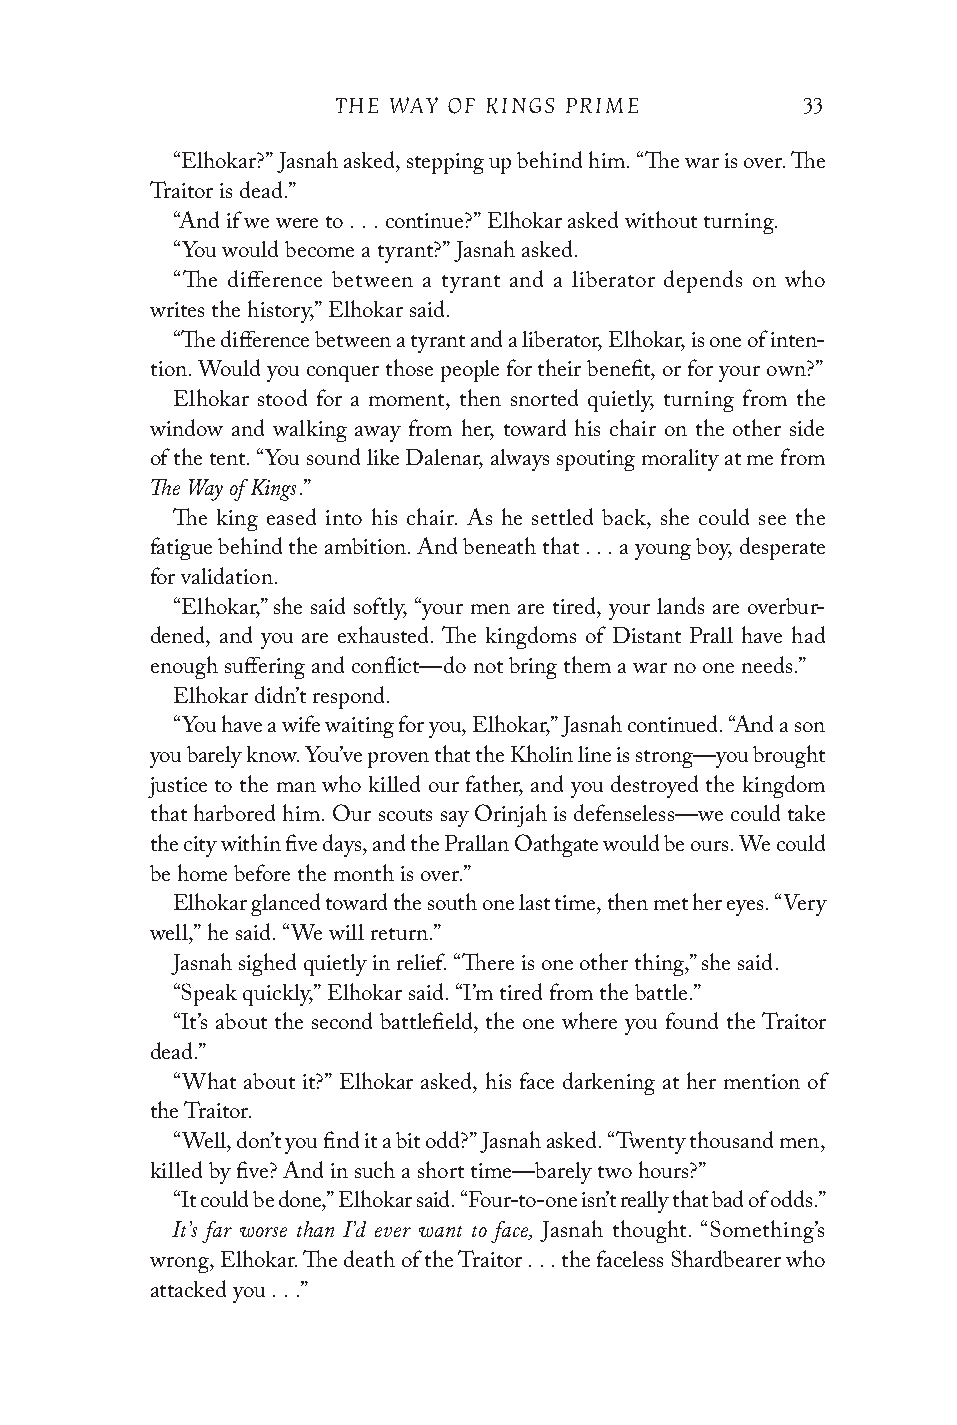
THE WAY OF KINGS PRIME         33
 “Elhokar?” Jasnah asked, stepping up behind him. “The war is over. The
 Traitor is dead.”
 “And if we were to . . . continue?” Elhokar asked without turning.
 “You would become a tyrant?” Jasnah asked.
 “The difference between a tyrant and a liberator depends on who
 writes the history,” Elhokar said.
 “The difference between a tyrant and a liberator, Elhokar, is one of inten-
 tion. Would you conquer those people for their benefit, or for your own?”
 Elhokar stood for a moment, then snorted quietly, turning from the
 window and walking away from her, toward his chair on the other side
 of the tent. “You sound like Dalenar, always spouting morality at me from
 The Way of Kings
 .”
 The king eased into his chair. As he settled back, she could see the
 fatigue behind the ambition. And beneath that . . . a young boy, desperate
 for validation.
 “Elhokar,” she said softly, “your men are tired, your lands are overbur-
 dened, and you are exhausted. The kingdoms of Distant Prall have had
 enough suffering and conflict—do not bring them a war no one needs.”
 Elhokar didn’t respond.
 “You have a wife waiting for you, Elhokar,” Jasnah continued. “And a son
 you barely know. You’ve proven that the Kholin line is strong—you brought
 justice to the man who killed our father, and you destroyed the kingdom
 that harbored him. Our scouts say Orinjah is defenseless—we could take
 the city within five days, and the Prallan Oathgate would be ours. We could
 be home before the month is over.”
 Elhokar glanced toward the south one last time, then met her eyes. “Very
 well,” he said. “We will return.”
 Jasnah sighed quietly in relief. “There is one other thing,” she said.
 “Speak quickly,” Elhokar said. “I’m tired from the battle.”
 “It’s about the second battlefield, the one where you found the Traitor
 dead.”
 “What about it?” Elhokar asked, his face darkening at her mention of
 the Traitor.
 “Well, don’t you find it a bit odd?” Jasnah asked. “Twenty thousand men,
 killed by five? And in such a short time—barely two hours?”
 “It could be done,” Elhokar said. “Four-to-one isn’t really that bad of odds.”
 It’s far worse than I’d ever want to face,
 Jasnah thought. “Something’s
 wrong, Elhokar. The death of the Traitor . . . the faceless Shardbearer who
 attacked you . . .”